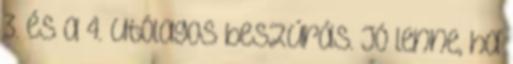
3. és a 4. utólagos beszúrás. Jó lenne, ha